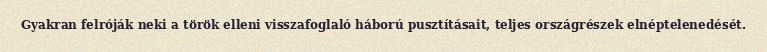
Gyakran felróják neki a török elleni visszafoglaló háború pusztításait, teljes országrészek elnéptelenedését.